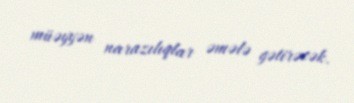
müəyyən narazılıqlar əmələ gətirəcək.